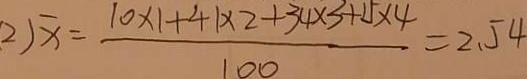
2 \sqrt { x } = \frac { 1 0 \times 1 + 4 + 1 \times 2 + 3 4 \times 3 + 1 5 \times 4 } { 1 0 0 } = 2 . 5 4